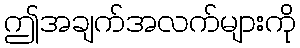
ဤအချက်အလက်များကို